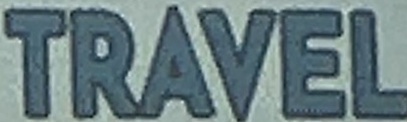
TRAVEL